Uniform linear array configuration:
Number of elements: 8
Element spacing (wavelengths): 0.75
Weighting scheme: hann
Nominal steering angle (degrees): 30
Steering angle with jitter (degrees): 31.255
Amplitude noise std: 0.05
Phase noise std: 0.05

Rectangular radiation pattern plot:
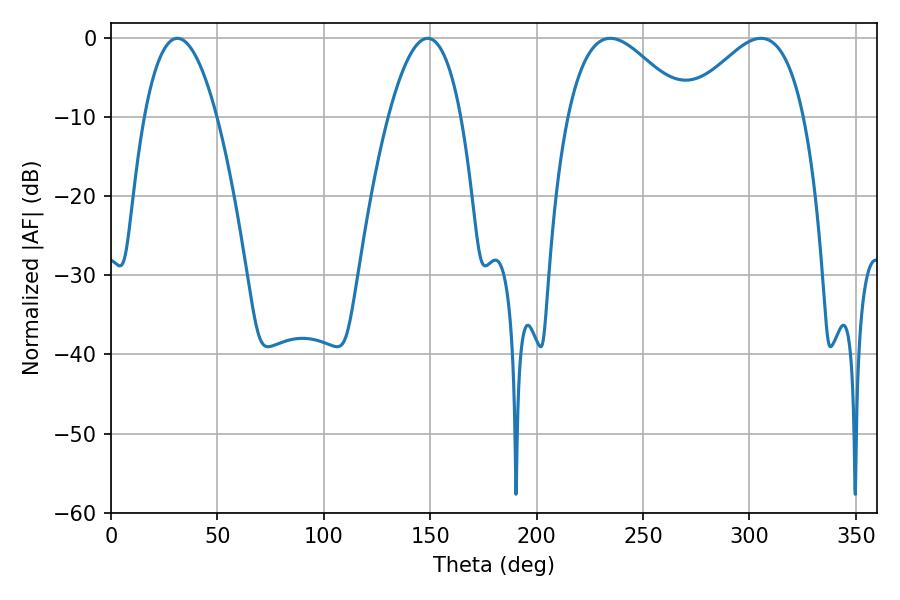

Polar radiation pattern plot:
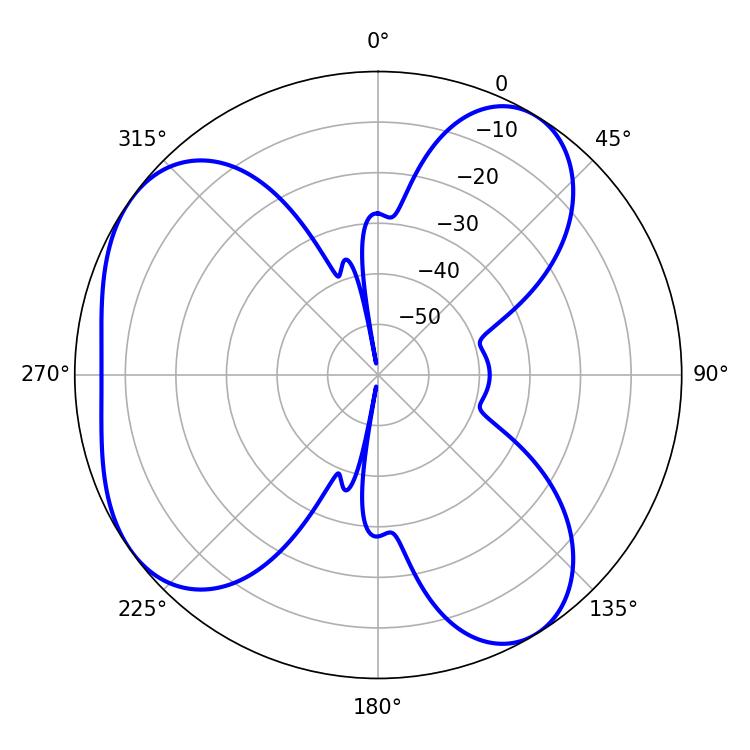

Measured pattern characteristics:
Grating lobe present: TRUE
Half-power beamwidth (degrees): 30.42
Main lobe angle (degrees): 234.54